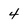
Character: 4